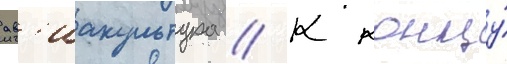
ав'иакультура // К концу́